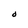
Character: O